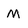
Character: M